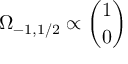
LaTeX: \Omega _ { - 1 , 1 / 2 } \propto { \binom { 1 } { 0 } }